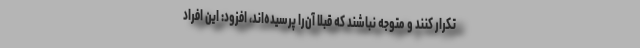
تکرار کنند و متوجه نباشند که قبلاً آن‌را پرسیده‌اند، افزود: این افراد